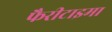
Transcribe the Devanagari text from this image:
फैरीटाइमा